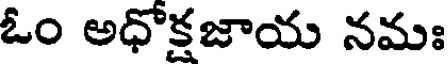
ఓం అధోక్షజాయ నమః